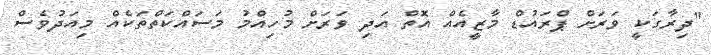
"ދިރާގަކީ ވަރަށް ޕްރައުޑް މާޒީއެއް އޮތް އަދި ވަރަށް މުހިއްމު މަސައްކަތްތަކެއް މިއަދުވެސް